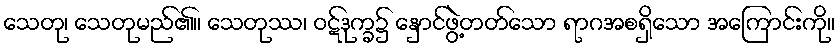
သေတု၊ သေတုမည်၏။ သေတုဿ၊ ဝဋ်ဒုက္ခ၌ နှောင်ဖွဲ့တတ်သော ရာဂအစရှိသော အကြောင်းကို။